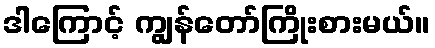
ဒါကြောင့် ကျွန်တော်ကြိုးစားမယ်။